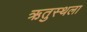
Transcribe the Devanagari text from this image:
ऋतुस्थला